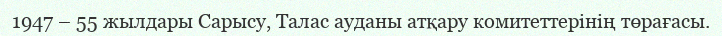
1947 – 55 жылдары Сарысу, Талас ауданы атқару комитеттерінің төрағасы.